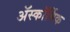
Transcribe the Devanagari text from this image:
ॲस्कॉर्बिक